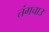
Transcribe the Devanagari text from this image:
तंगचाउ